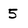
Character: 5